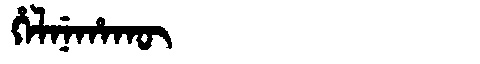
Manchu: ᡥᡝᠯᠨᡝᡥᠠᡴᡡ
Romanization: HELNEHAKŪ